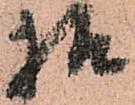
様